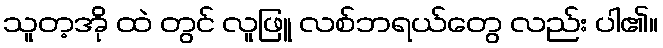
သူတ့အို ထဲ တွင် လူဖြူ လစ်ဘရယ်တွေ လည်း ပါ၏။